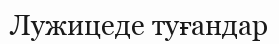
Лужицеде туғандар